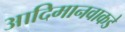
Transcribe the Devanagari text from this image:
आदिमानवाकडे